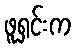
ဖူရှင်းက